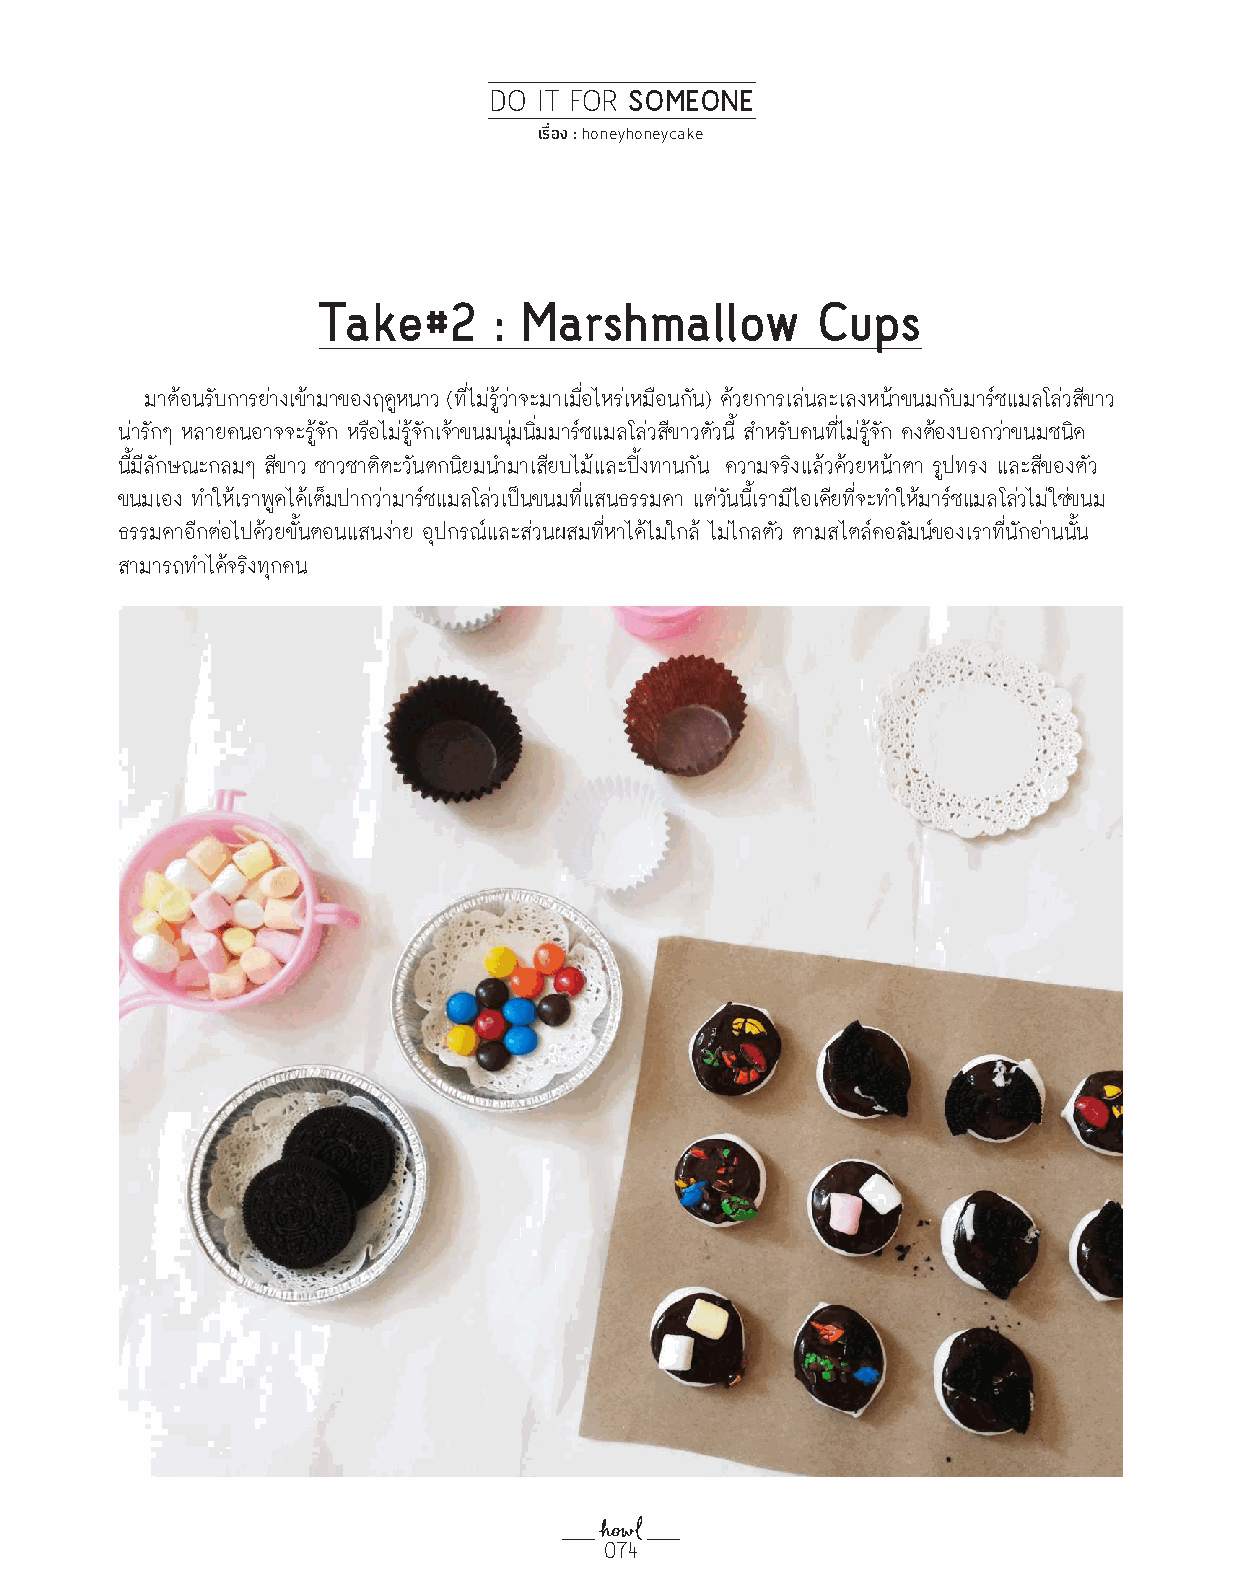
DO  IT FOR SOMEONE
 เรื่อง : honeyhoneycake
 Take#2      : Marshmallow        Cups
 มาต้อนรับการย่างเข้ามาของฤดูหนาว (ที่ไม่รู้ว่าจะมาเมื่อไหร่เหมือนกัน) ด้วยการเล่นละเลงหน้าขนมกับมาร์ชแมลโล่วสีขาว
 น่ารักๆ หลายคนอาจจะรู้จัก หรือไม่รู้จักเจ้าขนมนุ่มนิ่มมาร์ชแมลโล่วสีขาวตัวนี้ ส�าหรับคนที่ไม่รู้จัก คงต้องบอกว่าขนมชนิด
 นี้มีลักษณะกลมๆ สีขาว ชาวชาติตะวันตกนิยมน�ามาเสียบไม้และปิ้งทานกัน ความจริงแล้วด้วยหน้าตา รูปทรง และสีของตัว
 ขนมเอง ท�าให้เราพูดได้เต็มปากว่ามาร์ชแมลโล่วเป็นขนมที่แสนธรรมดา แต่วันนี้เรามีไอเดียที่จะท�าให้มาร์ชแมลโล่วไม่ใช่ขนม
 ธรรมดาอีกต่อไปด้วยขั้นตอนแสนง่าย อุปกรณ์และส่วนผสมที่หาได้ไม่ใกล้ ไม่ไกลตัว ตามสไตล์คอลัมน์ของเราที่นักอ่านนั้น
 สามารถท�าได้จริงทุกคน
 074